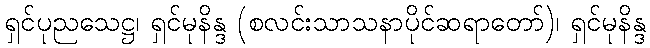
ရှင်ပုညသေဋ္ဌ၊ ရှင်မုနိန္ဒ (စလင်းသာသနာပိုင်ဆရာတော်)၊ ရှင်မုနိန္ဒ